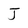
Character: J